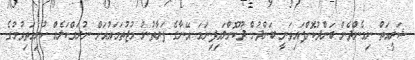
ޝަރީއަތް ނިމެންދެން ބަންދުކޮށްފައިވަނީ ބަންދުން ދޫކޮށްލައިފިނަމަ އޭނާގެ ފަރާތުން މުޖުތަމައުއަށް ނުރައްކަލެއް ކުރިމަތިވުމުގެ